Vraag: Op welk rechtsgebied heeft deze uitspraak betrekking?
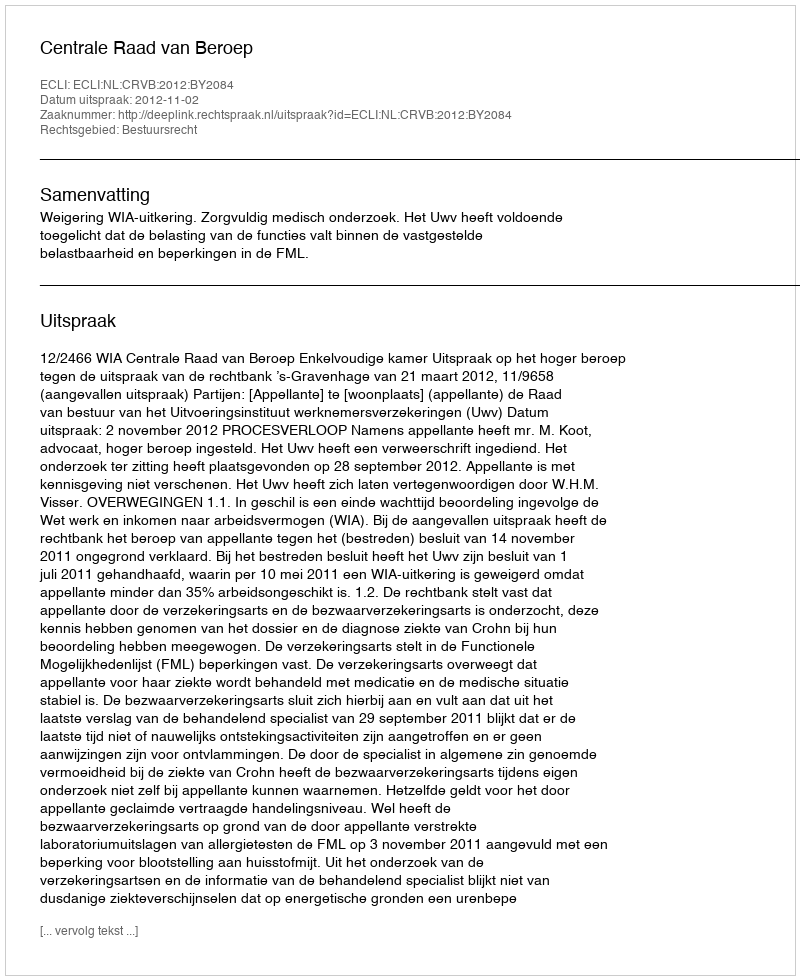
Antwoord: Bestuursrecht